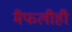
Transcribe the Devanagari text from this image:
मैफलीही